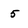
Character: 5